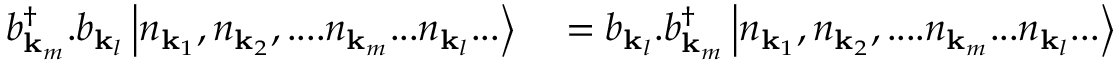
\begin{array} { r l } { b _ { \mathbf { k } _ { m } } ^ { \dagger } . b _ { \mathbf { k } _ { l } } \left| n _ { \mathbf { k } _ { 1 } } , n _ { \mathbf { k } _ { 2 } } , . . . . n _ { \mathbf { k } _ { m } } . . . n _ { \mathbf { k } _ { l } } . . . \right\rangle } & { { } = b _ { \mathbf { k } _ { l } } . b _ { \mathbf { k } _ { m } } ^ { \dagger } \left| n _ { \mathbf { k } _ { 1 } } , n _ { \mathbf { k } _ { 2 } } , . . . . n _ { \mathbf { k } _ { m } } . . . n _ { \mathbf { k } _ { l } } . . . \right\rangle } \end{array}